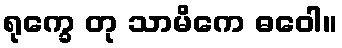
ရုက္ခေ တု သာမိကေ ဓဝေါ။